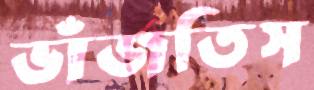
ভাঁজতিস